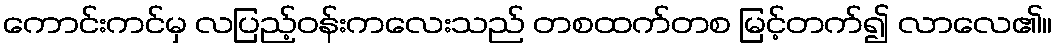
ကောင်းကင်မှ လပြည့်ဝန်းကလေးသည် တစထက်တစ မြင့်တက်၍ လာလေ၏။